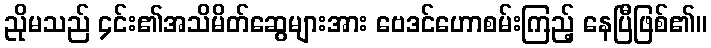
ညိုမသည် ၄င်း၏အသိမိတ်ဆွေများအား ဗေဒင်ဟောစမ်းကြည့် နေပြီဖြစ်၏။